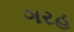
ગરહ